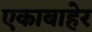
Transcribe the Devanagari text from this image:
एकाबाहेर